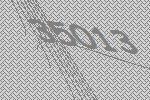
35013